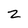
Character: 2